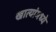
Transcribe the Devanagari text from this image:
खात्यांमध्ये